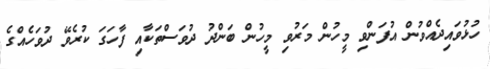
ހުޅުވައިދެއްވުން އުފަންވި މީހުން މަރުވި މީހުން ބަންދު ދުވަސްތަކާއި ފާހަގަ ކުރެވޭ ދުވަހެއްގެ